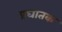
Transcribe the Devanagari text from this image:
प्रघातक